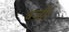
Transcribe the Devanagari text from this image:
बजीं।